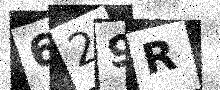
Text: 629R